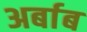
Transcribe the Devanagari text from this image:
अर्बाब